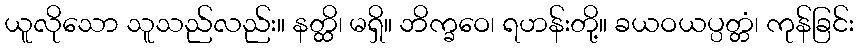
ယူလိုသော သူသည်လည်း။ နတ္ထိ၊ မရှိ။ ဘိက္ခဝေ၊ ရဟန်းတို့။ ခယဝယပ္ပတ္တံ၊ ကုန်ခြင်း